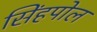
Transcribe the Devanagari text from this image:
सिंहपोल